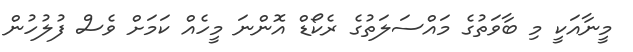
މީނާއަކީ މި ބާވަތުގެ މައްސަލަތުގެ ރެކޯޑް އޮންނަ މީހެއް ކަމަށް ވެސް ފުލުހުން